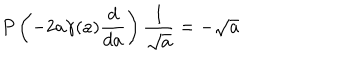
P \left( - 2 a \gamma ( a ) { \frac { d } { d a } } \right) { \frac { 1 } { \sqrt { a } } } = - \sqrt { a }